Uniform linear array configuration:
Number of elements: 4
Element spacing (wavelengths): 1
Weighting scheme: binomial
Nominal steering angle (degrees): -60
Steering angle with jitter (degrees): -58.904
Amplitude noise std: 0.05
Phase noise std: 0.05

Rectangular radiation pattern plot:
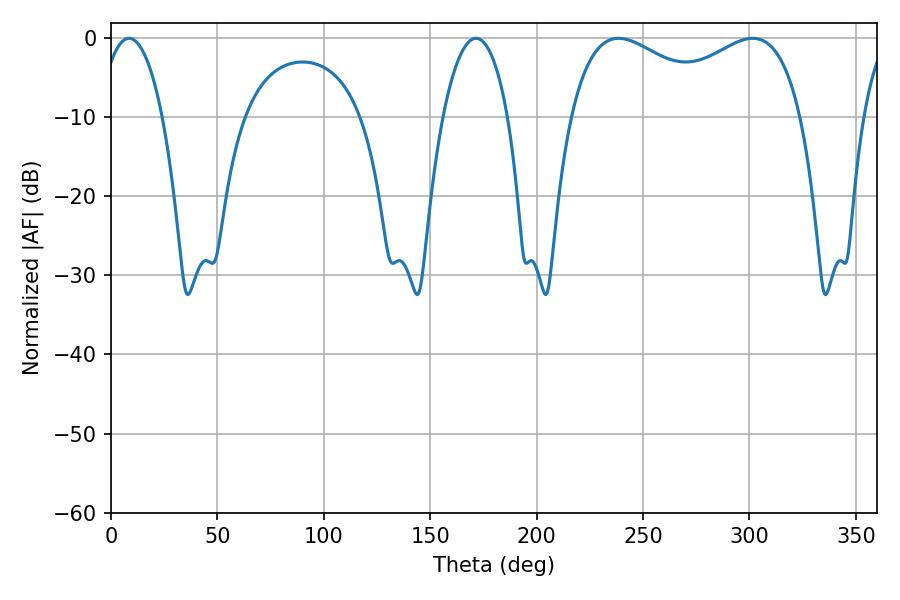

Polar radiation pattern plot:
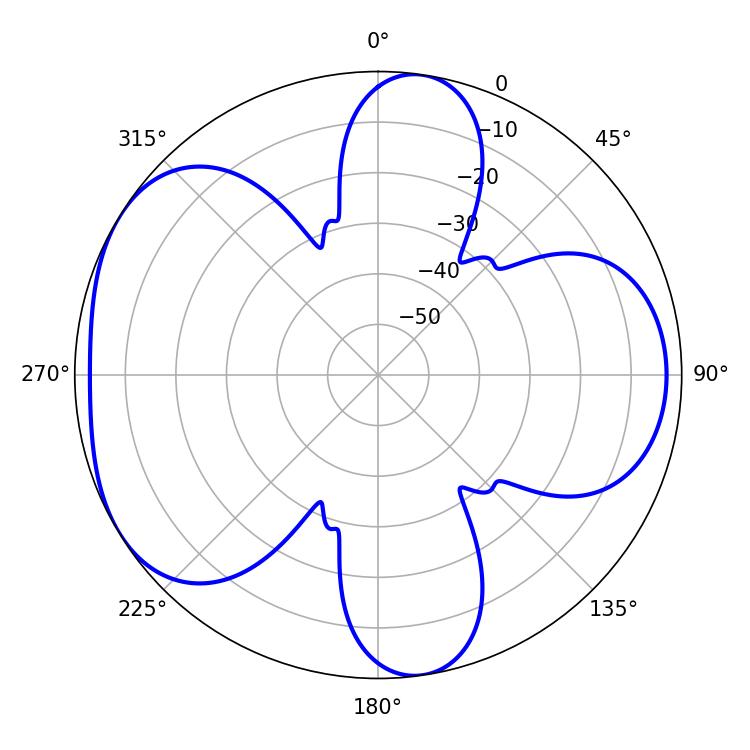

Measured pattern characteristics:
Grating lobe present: TRUE
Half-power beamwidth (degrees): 90.36
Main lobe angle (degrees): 238.5